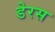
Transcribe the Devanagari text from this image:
डेरस